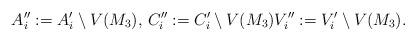
LaTeX: \begin{align*}A_i'':=A_i'\setminus V(M_3), \, C_i'':=C_i'\setminus V(M_3) V_i'':=V_i'\setminus V(M_3).\end{align*}